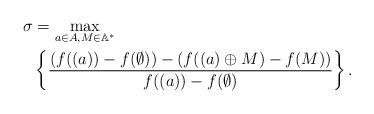
\begin{align*}\sigma&=\max\limits_{a\in A, M\in \mathbb{A}^*}\\&\left\{\frac{(f((a))-f(\emptyset))-(f((a)\oplus M)-f(M))}{f((a))-f(\emptyset)}\right\}.\end{align*}